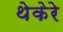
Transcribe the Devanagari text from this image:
थेकेरे